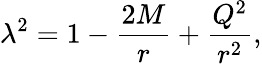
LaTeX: \lambda^{2}=1-\frac{2M}{r}+\frac{Q^{2}}{r^{2}},